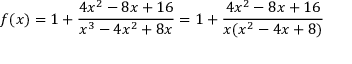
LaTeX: f ( x ) = 1 + { \frac { 4 x ^ { 2 } - 8 x + 1 6 } { x ^ { 3 } - 4 x ^ { 2 } + 8 x } } = 1 + { \frac { 4 x ^ { 2 } - 8 x + 1 6 } { x ( x ^ { 2 } - 4 x + 8 ) } }